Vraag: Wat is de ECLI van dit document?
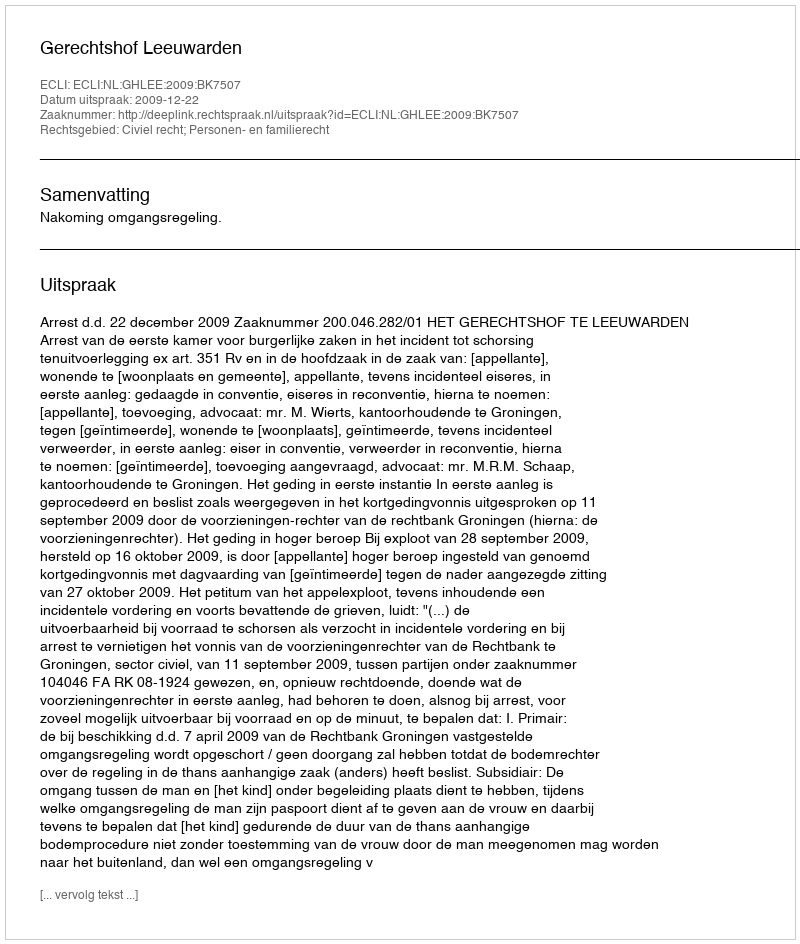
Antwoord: ECLI:NL:GHLEE:2009:BK7507